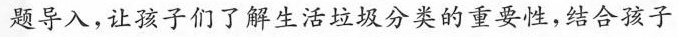
题导入，让孩子们了解生活垃圾分类的重要性，结合孩子